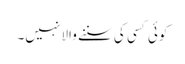
کوئی کسی کی سننے والا نہیں۔